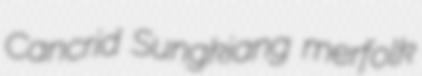
Cancrid Sungkiang merfolk